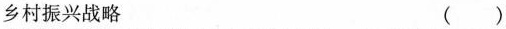
乡村振兴战略 ()